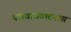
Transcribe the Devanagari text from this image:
पखवाजवादनास